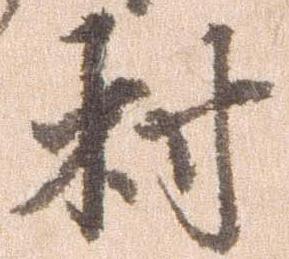
村